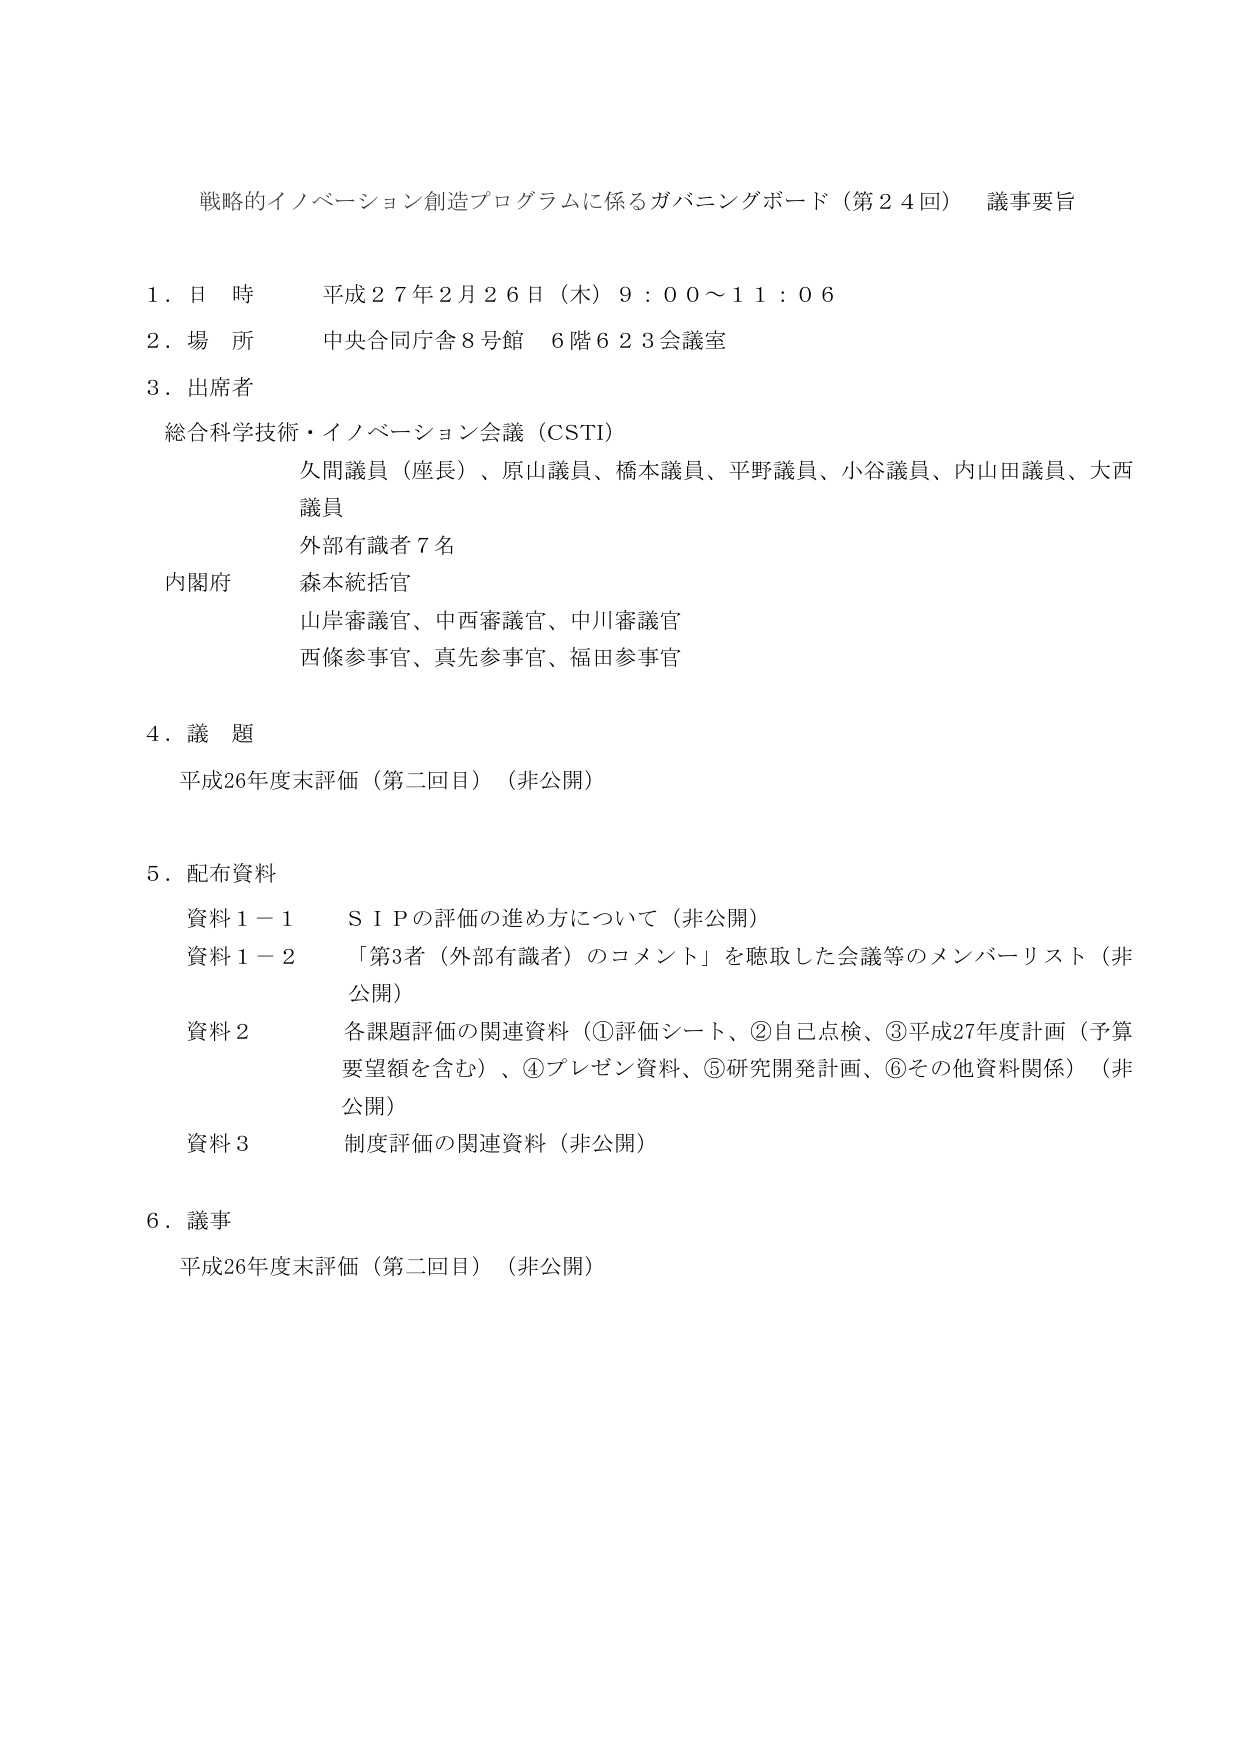
戦略的イノベーション創造プログラムに係るガバニングボード（第24回） 議事要旨

1. 日 時 平成27年2月26日（木）9:00～11:06
2. 場 所 中央合同庁舎8号館 6階623会議室
3. 出席者
　総合科学技術・イノベーション会議（CSTI）
　　久間議員（座長）、原山議員、橋本議員、平野議員、小谷議員、内山田議員、大西議員
　　外部有識者7名
　内閣府
　　森本統括官
　　山岸審議官、中西審議官、中川審議官
　　西條参事官、真先参事官、福田参事官

4. 議 題
　平成26年度末評価（第二回目）（非公開）

5. 配布資料
　資料1－1 S I Pの評価の進め方について（非公開）
　資料1－2 「第3者（外部有識者）のコメント」を聴取した会議等のメンバーリスト（非公開）
　資料2 各課題評価の関連資料（①評価シート、②自己点検、③平成27年度計画（予算要望額を含む）、④プレゼン資料、⑤研究開発計画、⑥その他資料関係）（非公開）
　資料3 制度評価の関連資料（非公開）

6. 議事
　平成26年度末評価（第二回目）（非公開）